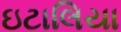
ઇટાલિયા